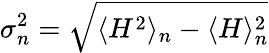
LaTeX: \sigma_{n}^{2}=\sqrt{\langle H^{2}\rangle_{n}-\langle H\rangle_{n}^{2}}